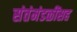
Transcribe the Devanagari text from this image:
संतंमंडळींसह